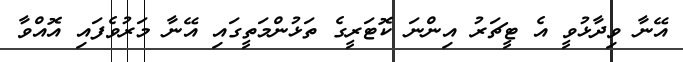
އޭނާ ވިދާޅުވީ އެ ޓީޗަރު އިންނަ ކޮޓަރީގެ ތަޅުންމަތީގައި އޭނާ މަރުވެފައި އޮއްވާ